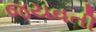
જયવતી